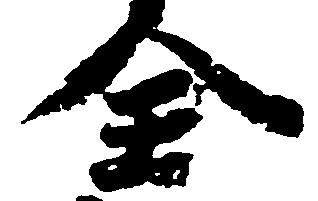
全